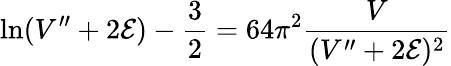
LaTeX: \ln(V^{\prime\prime}+2{\cal E})-\frac{3}{2}=64\pi^{2}\frac{V}{(V^{\prime\prime}+2{\cal E})^{2}}